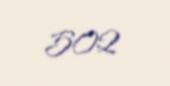
502